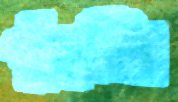
পুঁছলি